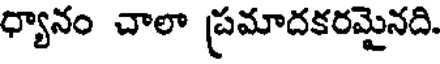
ధ్యానం చాలా ప్రమాదకరమైనది.